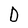
Character: D